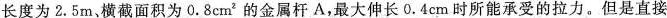
长度为2.5m，横截面积为0.8cm^{2}的金属杆A，最大伸长0.4cm时所能承受的拉力。但是直接